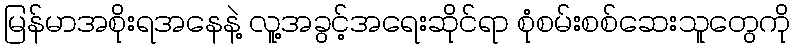
မြန်မာအစိုးရအနေနဲ့ လူ့အခွင့်အရေးဆိုင်ရာ စုံစမ်းစစ်ဆေးသူတွေကို